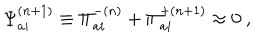
LaTeX: { \Psi } _ { a i } ^ { ( n + 1 ) } \equiv { \Pi } _ { a i } ^ { - ( n ) } + { \Pi } _ { a i } ^ { + ( n + 1 ) } \approx 0 \ ,